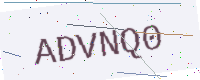
Text: ADVNQ0